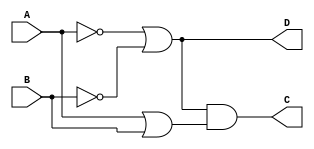
module HW_1(A, B, C, D);
input A, B;
output C, D;
reg C, D;

always @ (A or B) begin
	C = ((!A | !B) & (A | B));
	D = (!A | !B);
end

endmodule